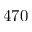
4 7 0